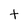
Character: t